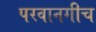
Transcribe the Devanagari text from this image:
परवानगीच